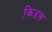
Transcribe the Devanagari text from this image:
किडस